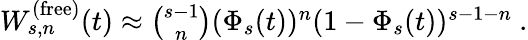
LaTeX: \begin{array}{r}{W_{s,n}^{(\mathrm{free})}(t)\approx\binom{s-1}{n}(\Phi_{s}(t))^{n}(1-\Phi_{s}(t))^{s-1-n}~.}\end{array}